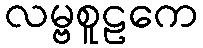
လမ္ဗစူဠကေ